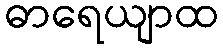
ဓာရေယျာထ